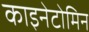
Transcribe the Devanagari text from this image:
काइनेटोमिन